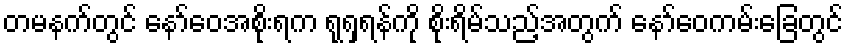
တမနက်တွင် နော်ဝေအစိုးရက ရုရှရန်ကို စိုးရိမ်သည့်အတွက် နော်ဝေကမ်းခြေတွင်